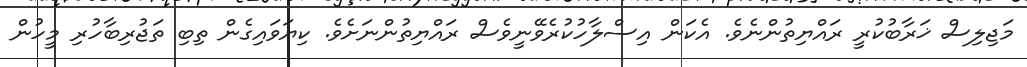
މަޖިލިސް ޚަރާބުކުރީ ރައްޔިތުންނެވެ. އެކަން އިސްލާހުކުރެވޭނީވެސް ރައްޔިތުންނަށެވެ. ކިޔަވައިގެން ތިބި ތަޖުރިބާހުރި މީހުން